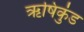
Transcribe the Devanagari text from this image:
ऋषिकुंड